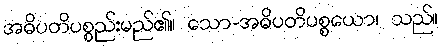
အဓိပတိပစ္စည်းမည်၏။ သော-အဓိပတိပစ္စယော၊ သည်။